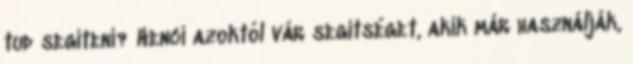
tud segíteni? Henci azoktól vár segítséget, akik már használják,